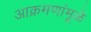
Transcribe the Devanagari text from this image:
आक्रमणांमूळे